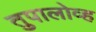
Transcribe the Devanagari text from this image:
तुपालोव्ह